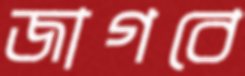
জাগবে